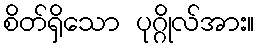
စိတ်ရှိသော ပုဂ္ဂိုလ်အား။